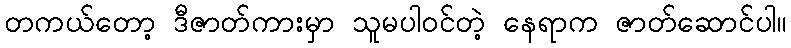
တကယ်တော့ ဒီဇာတ်ကားမှာ သူမပါဝင်တဲ့ နေရာက ဇာတ်ဆောင်ပါ။